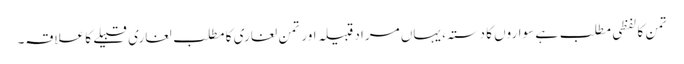
تمن کا لفظی مطلب ہے سواروں کا دستہ، یہاں مراد قبیلہ اور تمن لغاری کا مطلب لغاری قبیلے کا علاقہ۔